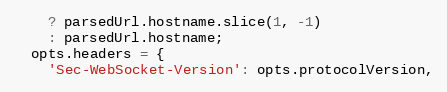
Language: JavaScript
    ? parsedUrl.hostname.slice(1, -1)
    : parsedUrl.hostname;
  opts.headers = {
    'Sec-WebSocket-Version': opts.protocolVersion,